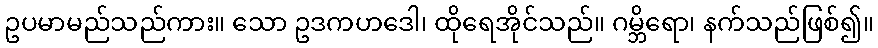
ဥပမာမည်သည်ကား။ သော ဥဒကဟဒေါ၊ ထိုရေအိုင်သည်။ ဂမ္ဘိရော၊ နက်သည်ဖြစ်၍။